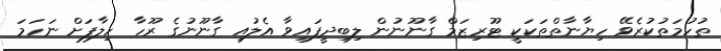
ތުހުމަތުކުރެވޭ ހިޔާނާތްތަކަކީ ޓޫރިޒަމް ގާނޫނުން ލިބިދީފައިވާ އެލުއި ގާނޫނުގެ ރޫހާ ހިލާފަށް ނަހަމަ